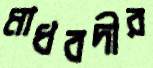
মাধবদীর